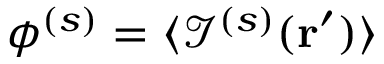
\phi ^ { ( s ) } = \langle \mathcal { I } ^ { ( s ) } ( \mathbf { r } ^ { \prime } ) \rangle